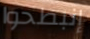
إنبطحوا